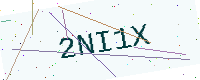
Text: 2NI1X